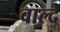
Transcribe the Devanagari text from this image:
वाल्दे